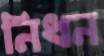
নিধন